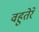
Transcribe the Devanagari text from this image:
वहुतेरे